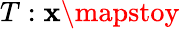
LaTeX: T:\mathbf{x}\mapstoy